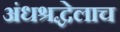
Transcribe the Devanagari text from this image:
अंधश्रद्धेलाच